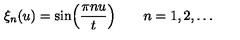
\xi _ { n } ( u ) = \sin \Bigl ( { \frac { \pi n u } { t } } \Bigr ) \qquad n = 1 , 2 , \dots